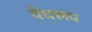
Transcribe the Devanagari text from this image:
वैधरूप